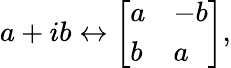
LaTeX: a+ib\leftrightarrow{\left[\begin{array}{ll}{a}&{-b}\\ {b}&{a}\end{array}\right]},